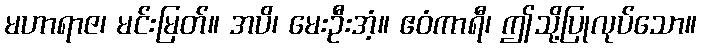
မဟာရာဇ၊ မင်းမြတ်။ အပိ၊ မေးဦးအံ့။ ဧဝံကာရီ၊ ဤသို့ပြုလုပ်သော။